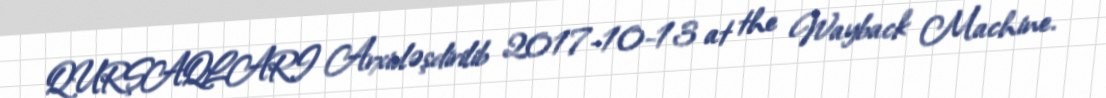
QURŞAQLARI Arxivləşdirilib 2017-10-13 at the Wayback Machine.